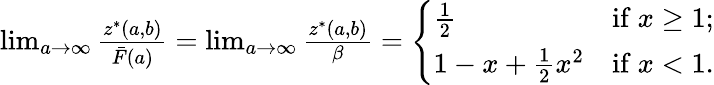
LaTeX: \begin{array}{r}{\operatorname*{lim}_{a\rightarrow\infty}\frac{z^{*}(a,b)}{\bar{F}(a)}=\operatorname*{lim}_{a\rightarrow\infty}\frac{z^{*}(a,b)}{\beta}=\left\{ \begin{array}{ll}{\frac{1}{2}}&{\mathrm{if~}x\geq 1;}\\ {1-x+\frac{1}{2}x^{2}}&{\mathrm{if~}x<1.}\end{array}\right.}\end{array}